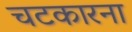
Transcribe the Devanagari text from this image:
चटकारना